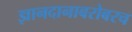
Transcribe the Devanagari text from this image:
ज्ञानदानाबरोबरच